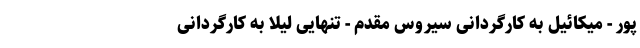
پور - میکائیل به کارگردانی سیروس مقدم - تنهایی لیلا به کارگردانی